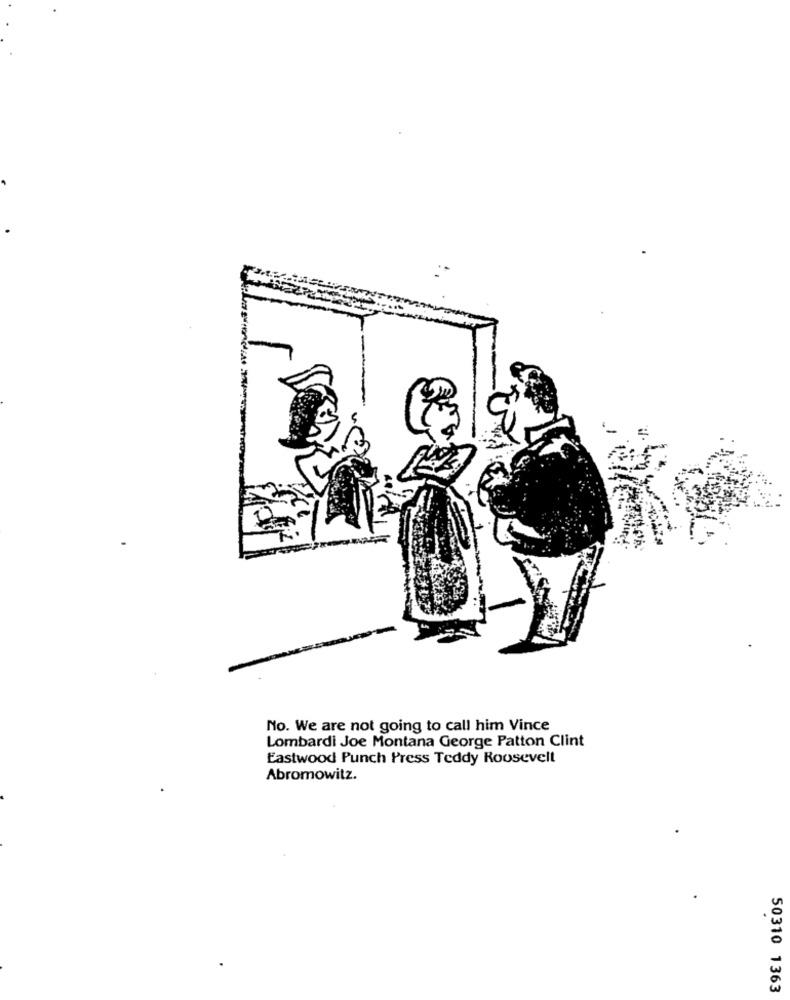
No. We are not going to call him Vince
Lombardi Joe Montana George Patton Clint
Eastwood Punch Press Teddy Roosevelt
Abromowitz.
50310 1363